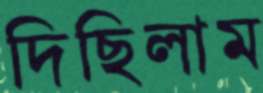
দিছিলাম